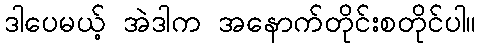
ဒါပေမယ့် အဲဒါက အနောက်တိုင်းစတိုင်ပါ။